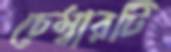
চেম্বারটি